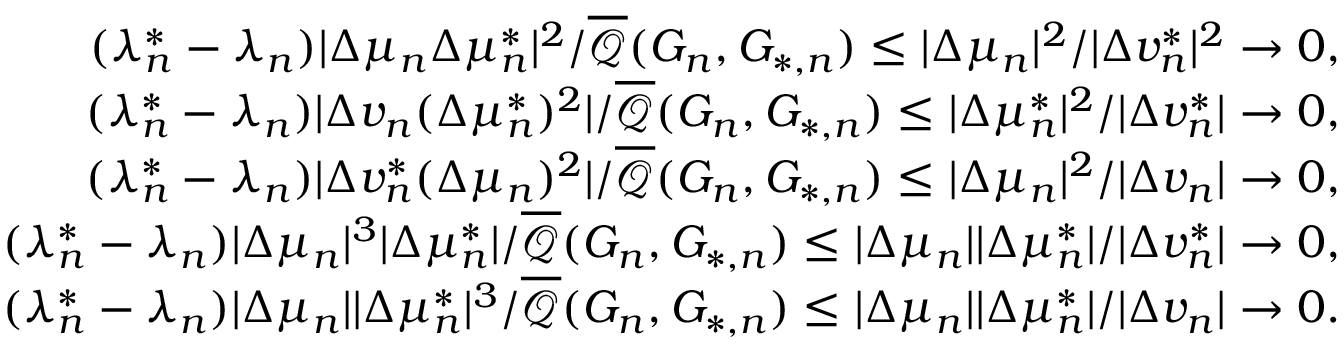
\begin{array} { r } { ( \lambda _ { n } ^ { * } - \lambda _ { n } ) | \Delta \mu _ { n } \Delta \mu _ { n } ^ { * } | ^ { 2 } / \overline { { \mathcal { Q } } } ( G _ { n } , G _ { * , n } ) \leq | \Delta \mu _ { n } | ^ { 2 } / | \Delta v _ { n } ^ { * } | ^ { 2 } \to 0 , } \\ { ( \lambda _ { n } ^ { * } - \lambda _ { n } ) | \Delta v _ { n } ( \Delta \mu _ { n } ^ { * } ) ^ { 2 } | / \overline { { \mathcal { Q } } } ( G _ { n } , G _ { * , n } ) \leq | \Delta \mu _ { n } ^ { * } | ^ { 2 } / | \Delta v _ { n } ^ { * } | \to 0 , } \\ { ( \lambda _ { n } ^ { * } - \lambda _ { n } ) | \Delta v _ { n } ^ { * } ( \Delta \mu _ { n } ) ^ { 2 } | / \overline { { \mathcal { Q } } } ( G _ { n } , G _ { * , n } ) \leq | \Delta \mu _ { n } | ^ { 2 } / | \Delta v _ { n } | \to 0 , } \\ { ( \lambda _ { n } ^ { * } - \lambda _ { n } ) | \Delta \mu _ { n } | ^ { 3 } | \Delta \mu _ { n } ^ { * } | / \overline { { \mathcal { Q } } } ( G _ { n } , G _ { * , n } ) \leq | \Delta \mu _ { n } | | \Delta \mu _ { n } ^ { * } | / | \Delta v _ { n } ^ { * } | \to 0 , } \\ { ( \lambda _ { n } ^ { * } - \lambda _ { n } ) | \Delta \mu _ { n } | | \Delta \mu _ { n } ^ { * } | ^ { 3 } / \overline { { \mathcal { Q } } } ( G _ { n } , G _ { * , n } ) \leq | \Delta \mu _ { n } | | \Delta \mu _ { n } ^ { * } | / | \Delta v _ { n } | \to 0 . } \end{array}